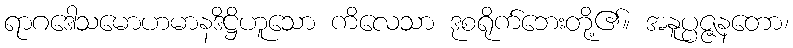
ရာဂဒေါသမောဟမာနဒိဋ္ဌိဟူသော ကိလေသာ ဒုစရိုက်ဘေးတို့၏။ အနူပ္ပဇ္ဇနတော၊